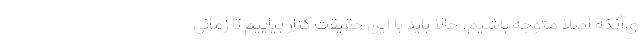
ی‌آنکه اصلاً متوجه باشیم. حالا باید با این حقیقت کنار بیاییم تا زمانی